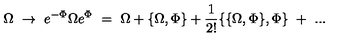
\Omega \ \to \ e ^ { - \Phi } \Omega e ^ { \Phi } \ = \ \Omega + \{ \Omega , \Phi \} + \frac { 1 } { 2 ! } \{ \{ \Omega , \Phi \} , \Phi \} \ + \ . . .